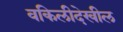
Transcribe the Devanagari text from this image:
वकिलीदेखील